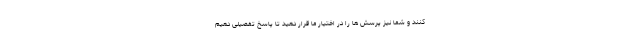
کنند و شما نیز پرسش ها را در اختیار ما قرار دهید تا پاسخ تفصیلی دهیم